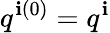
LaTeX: q^{\mathbf{i}(0)}=q^{\mathbf{i}}